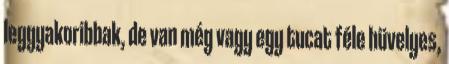
leggyakoribbak, de van még vagy egy tucat féle hüvelyes,